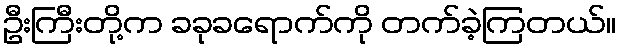
ဦးကြီးတို့က ခခုခရောက်ကို တက်ခဲ့ကြတယ်။